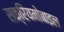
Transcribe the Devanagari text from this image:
सक्रियमोबाइल